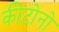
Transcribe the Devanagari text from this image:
कीटोनो